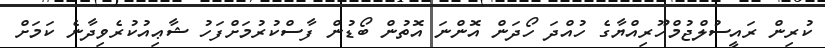
ކުރިން ރައީސުލްޖުމްހޫރިއްޔާގެ ހުއްދަ ހޯދަން އޮންނަ އޮތުން ބޯޑުން ފާސްކުރުމަށްފަހު ޝާޢިއުކުރެވިދާނެ ކަމަށް